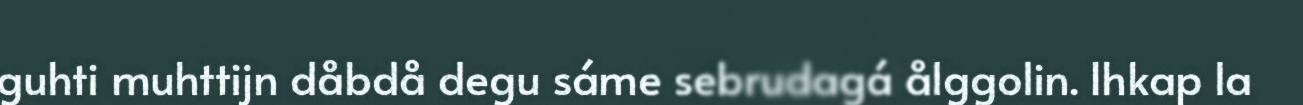
guhti muhttijn dåbdå degu sáme sebrudagá ålggolin. Ihkap la